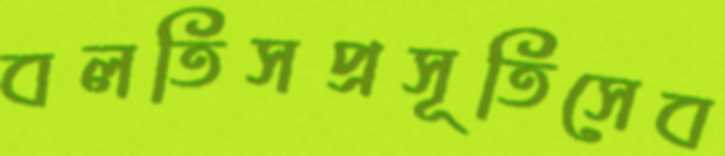
বলতিসপ্রসূতিসেব